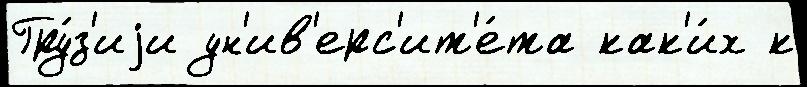
Гру́з'иjи ун'ив'ерс'ит'е́та как'и́х к